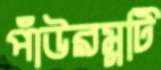
পাঁউরম্নটি